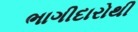
ભાગીદારોથી